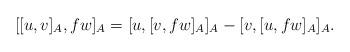
LaTeX: \begin{align*}\lbrack \lbrack u,v]_{A},fw]_{A}=[u,[v,fw]_{A}]_{A}-[v,[u,fw]_{A}]_{A}.\end{align*}